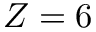
Z = 6